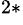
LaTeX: ^{2\ast}